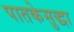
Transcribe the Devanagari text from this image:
पातकेसुद्धा